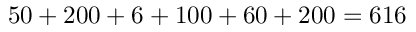
5 0 + 2 0 0 + 6 + 1 0 0 + 6 0 + 2 0 0 = 6 1 6